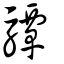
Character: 驔